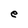
Character: e